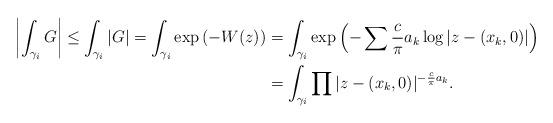
LaTeX: \begin{align*}\left| \int_{\gamma_i} G \right| \leq \int_{\gamma_i} |G| = \int_{\gamma_i} \exp\left(-W(z) \right) & = \int_{\gamma_i} \exp\left(-\sum \frac{c}{\pi} a_k \log |z-(x_k,0)| \right) \\& = \int_{\gamma_i} \prod |z-(x_k,0)|^{-\frac{c}{\pi} a_k}.\end{align*}